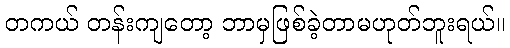
တကယ် တန်းကျတော့ ဘာမှဖြစ်ခဲ့တာမဟုတ်ဘူးရယ်။